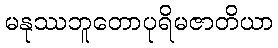
မနုဿဘူတောပုရိမဇာတိယာ